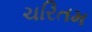
ચરિતમ